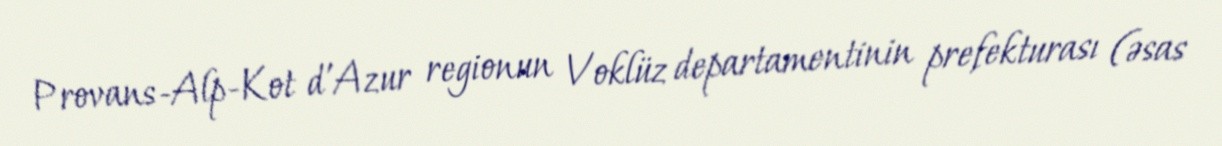
Provans-Alp-Kot d'Azur regionun Voklüz departamentinin prefekturası (əsas